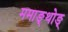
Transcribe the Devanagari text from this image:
ममाङ्थोङ्